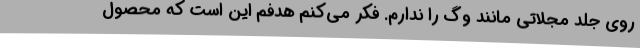
روی جلد مجلاتی مانند وگ را ندارم. فکر می‌کنم هدفم این است که محصول